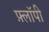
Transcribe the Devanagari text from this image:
फ़्लॉपी